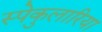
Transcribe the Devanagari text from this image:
स्पेकुलारिया